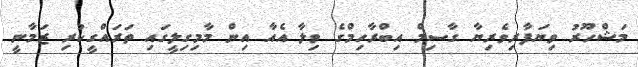
މަޝްހޫރު ވިޔަފާރިވެރިޔާ ގާސިމް އިބްރާހިމްގެ ވިލާ އެއާ އިން މާމިގިލީގައި ތަރައްގީކުރި ޒަމާނީ